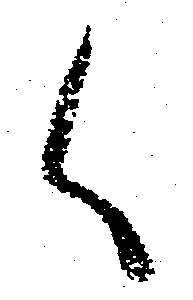
く